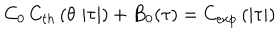
C _ { 0 } \, C _ { t h } \left( \theta \, \left| \tau \right| \right) + B _ { 0 } ( \tau ) = C _ { \exp } \left( \left| \tau \right| \right)